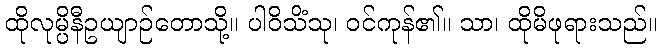
ထိုလုမ္ပိနီဥယျာဉ်တောသို့။ ပါဝိသိံသု၊ ဝင်ကုန်၏။ သာ၊ ထိုမိဖုရားသည်။